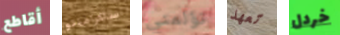
أقاطع ساكرامنتو تؤلمني تعهد خردل